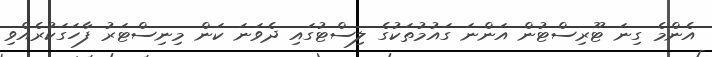
އެންމެ ގިނަ ޓޫރިސްޓުން އަންނަ ގައުމުތަކުގެ ލިސްޓުގައި ދެވަނަ ކަން މިނިސްޓަރު ފާހަގަކުރެއްވި